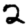
Digit: 2